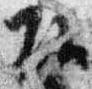
頭